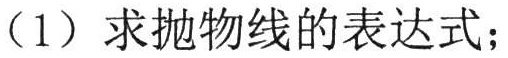
（1）求抛物线的表达式；